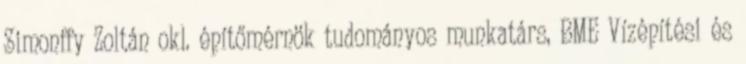
Simonffy Zoltán okl. építőmérnök tudományos munkatárs, BME Vízépítési és